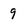
Character: 9